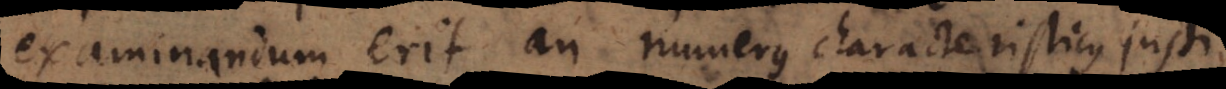
examinandum erit an numerus characteristicus justi